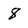
Character: 8